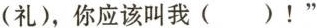
(礼)，你应该叫我()！”